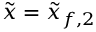
\tilde { x } = \tilde { x } _ { f , 2 }